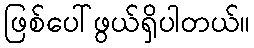
ဖြစ်ပေါ်ဖွယ်ရှိပါတယ်။